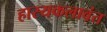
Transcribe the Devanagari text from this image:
हास्यकलावंत